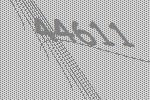
44611